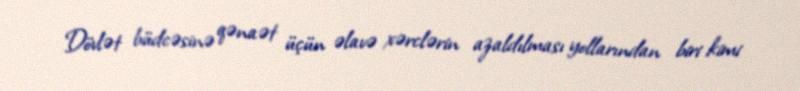
Dövlət büdcəsinə qənaət üçün əlavə xərclərin azaldılması yollarından biri kimi